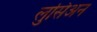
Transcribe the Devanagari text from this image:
लुसिअन